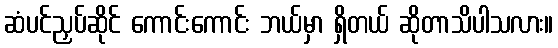
ဆံပင်ညှပ်ဆိုင် ကောင်းကောင်း ဘယ်မှာ ရှိတယ် ဆိုတာသိပါသလား။